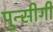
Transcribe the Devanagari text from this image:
पुन्सीगी